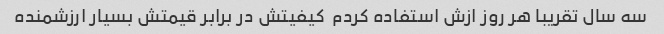
سه سال تقریبا هر روز ازش استفاده کردم  کیفیتش در برابر قیمتش بسیار ارزشمنده